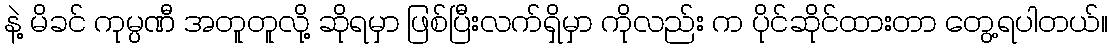
နဲ့ မိခင် ကုမ္ပဏီ အတူတူလို့ ဆိုရမှာ ဖြစ်ပြီးလက်ရှိမှာ ကိုလည်း က ပိုင်ဆိုင်ထားတာ တွေ့ရပါတယ်။